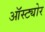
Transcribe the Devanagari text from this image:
ऑस्ट्योर